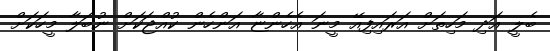
ބެލީ އަދި މަހިތަށް އަރައިފިއޭ މީނަ އެހެންޏާ އަންހެން ކުއްޖަކަށް ނުބަލާ މީހަކަށް